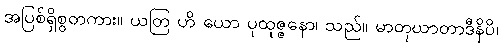
အပြစ်ရှိစွတကား။ ယတြ ဟိ ယော ပုထုဇ္ဇနော၊ သည်။ မာတုဃာတာဒီနိပိ၊